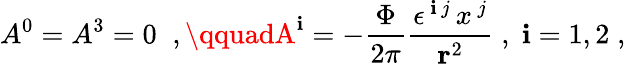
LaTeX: A^{0}=A^{3}=0\; \; ,\qquadA^{\mathbf{i}}=-\frac{{\Phi}}{{2\pi}}\frac{{\epsilon^{\, \mathbf{i}\, j}\, x^{\, j}}}{{{\mathbf{r}}^{2}}}\; ,\; \mathbf{i}=1,2\; ,